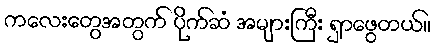
ကလေးတွေအတွက် ပိုက်ဆံ အများကြီး ရှာဖွေတယ်။